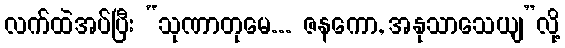
လက်ထဲအပ်ပြီး “သုဏာတုမေ... ဇနကော, အနုသာသေယျ”လို့